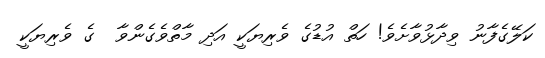
ކަލޭގެފާނު ވިދާޅުވާށެވެ! ހަތް އުޑުގެ ވެރިޔަކީ އަދި މާތްވެގެންވާ  ގެ ވެރިޔަކީ